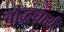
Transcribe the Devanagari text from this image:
बौद्धचार्य